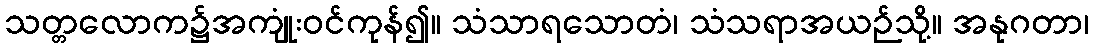
သတ္တလောက၌အကျုံးဝင်ကုန်၍။ သံသာရသောတံ၊ သံသရာအယဉ်သို့။ အနုဂတာ၊